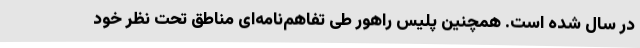
در سال شده است. همچنین پلیس راهور طی تفاهم‌نامه‌ای مناطق تحت نظر خود